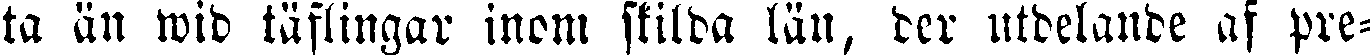
ta än wid täflingar inom stilda län, der utdelande af pre-